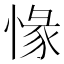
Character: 㥟